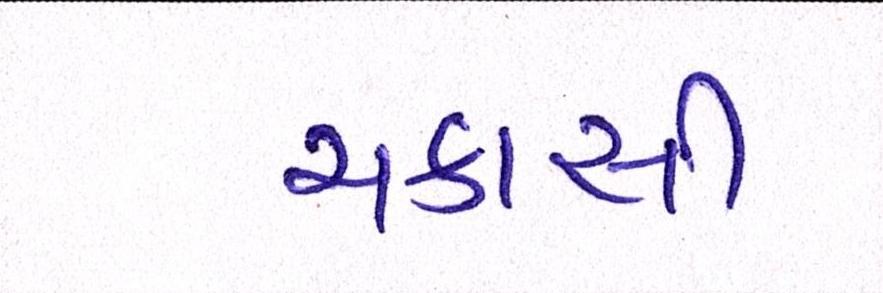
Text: ચકાસી